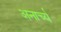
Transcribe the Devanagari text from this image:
अनार्च्य